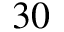
3 0